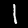
Digit: 1